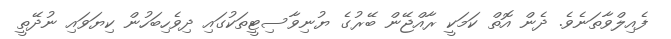
ފެއިލްވާތަނެވެ. ދެން އޮތް ކަމަކީ ރާއްޖޭން ބޭރުގެ ޔުނިވާސިޓީތަކުގައި ދިވެހިބަހުން ކިޔަވައި ނުދޭތީ